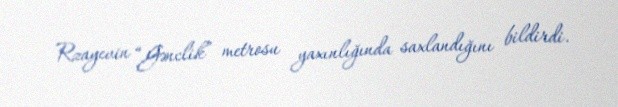
Rzayevin “Gənclik” metrosu yaxınlığında saxlandığını bildirdi.